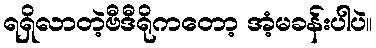
ရရှိလာတဲ့ဗီဒီရိုကတော့ အံ့မခန်းပါပဲ။